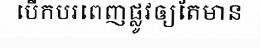
បើកបរពេញផ្លូវឲ្យតែមាន